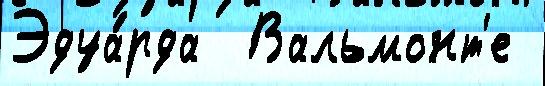
Эдуа́рда  Вальмонт'е